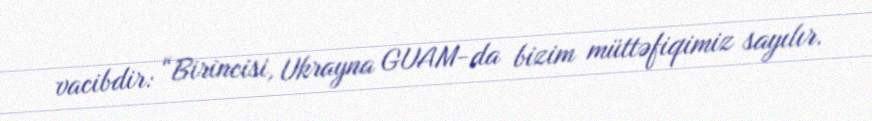
vacibdir: “Birincisi, Ukrayna GUAM-da bizim müttəfiqimiz sayılır.